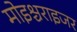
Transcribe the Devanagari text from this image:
मोइश्चराइजर